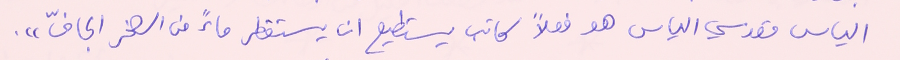
الياس المقدسي الياس هو فعلاً كاتب يستطيع ان يستقطر ماءً من الصخر الجافّ".